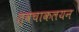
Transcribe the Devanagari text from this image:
त्वचाकलयन